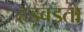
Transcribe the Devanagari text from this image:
हड़बड़ता